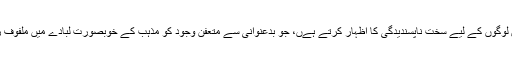
جان علی ان لوگوں کے لیے سخت ناپسندیدگی کا اظہار کرتے ہےں، جو بدعنوانی سے متعفن وجود کو مذہب کے خوبصورت لبادے میں ملفوف رکھتے ہیں۔